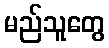
မည်သူတွေ